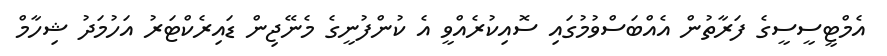
އެމްޓީސީސީގެ ފަރާތުން އެއްބަސްވުމުގައި ސޮއިކުރެއްވީ އެ ކުންފުނީގެ މެނޭޖިން ޑައިރެކްޓަރު އަހުމަދު ޝިހާމް